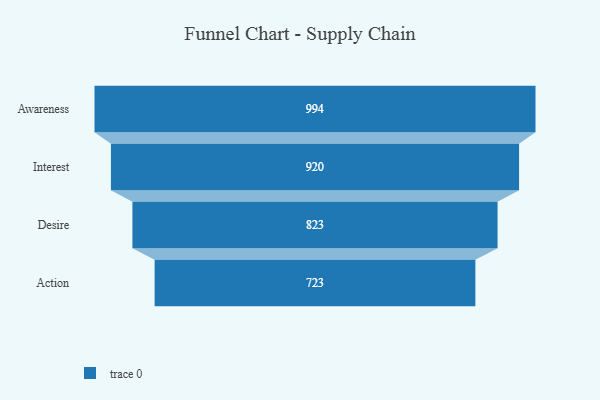
{"axis": {"x": "Stage", "y": "Value"}, "legend": [""], "data": [{"x": "Awareness", "y": 994.0, "type": ""}, {"x": "Interest", "y": 920.0, "type": ""}, {"x": "Desire", "y": 823.0, "type": ""}, {"x": "Action", "y": 723.0, "type": ""}]}